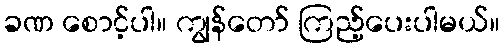
ခဏ စောင့်ပါ။ ကျွန်တော် ကြည့်ပေးပါမယ်။